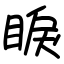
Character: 睙